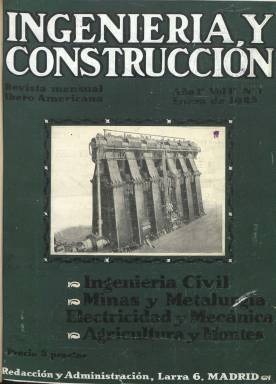
Título: Ingeniería y construcción
Colección: Industria || Arquitectura y construcción
Ámbito geográfico: Madrid
Lugar de publicación: Madrid
Fechas: 01/01/1923-31/08/1936

Junto a Revista de obras públicas (1853), que reinicia también en 1923 una nueva etapa de gran calidad científica y destacada influencia, Ingeniería y construcción será una de las principales y más notables revistas de carácter técnico-científico y profesional del primer tercio del siglo veinte español, cuando se hace evidente el desarrollo económico e industrial, junto a los avances tecnológicos, momento en el que también aparece un importante número de este tipo de publicaciones, que se organizarán en la Asociación Española de la Prensa Técnica. Esta “revista mensual ibero americana” o “hispano americana” –como indica su subtítulo-, estará apareciendo ininterrumpidamente desde enero de 1923 hasta agosto de 1936, cuando deje de publicarse tras estallar la guerra civil. Se dan cita en ella jóvenes de unas nuevas promociones de las escuelas técnicas superiores sin precedentes hasta entonces en España, que después serán creadores de empresas y de industrias y que podrían llegar a aglutinarse en otra “generación del 27”, la de de los ingenieros, paralela a la que surgió en los campos de la literatura y del arte.

En su segundo año de edición ya aparecen indicados en su cabecera los nombres de los ingenieros de Caminos Francisco Bustelo Vázquez (1901-1987), como director, y Ricardo M. de Urgoiti (1900-1979), como director técnico, siendo este hijo del también ingeniero y destacadísimo empresario papelero y editorial Nicolás María de Urgoiti (1869-1951), propietario del diario El Sol (1917-1939), entre otras empresas periodísticas, quien, como promotor de la revista, la estampará y editara con lujo en su imprenta Calpe, en papel cuché y con abundante información ilustrada de fotograbados de las principales obras de ingeniería civil que se están desarrollando tanto en Europa como en Estados Unidos, además de en España. Como secretario de redacción, aparece otro joven, el ingeniero de Minas Félix Cifuentes (1903-1987), amigo personal de José Ortega y Gasset (1883-1955), con el que colabora en Revista de occidente (1923).

En su artículo de presentación se dirá que la revista, además de exponer “los adelantos y trabajos nacionales” y reflejar “la marcha del progreso fuera de nuestro país”, servirá de “orientación y de consulta” para la gran masa de técnicos españoles. Su propósito es publicar artículos de especialistas nacionales sobre trabajos de investigación realizados por ellos o asuntos que hayan sido objeto de especial estudio por su parte, y artículos de vulgarización de los descubrimientos y teorías que por estar aún en periodo embrionario se salen del campo habitual de las ramas de la ingeniería, considerada esta en su máxima amplitud, por lo que se tratarán descubrimientos desde la germinación de semillas hasta un problema de elasticidad o una teoría sobre la construcción de la materia.

Dedicará otra sección a reseñar las principales obras de ingeniería y arquitectura, realizadas o proyectadas, así como los trabajos más importantes relacionados con las diversas ramas de la industria, dando preferencia a los trabajos nacionales, pero dando cuenta también de los extranjeros que por su importancia u originalidad puedan servir de enseñanza. En esta sección no se escatimarán medios para ofrecer el máximo de fotografías, planos y diseños, y muchas de las primeras procederán de la agencia neoyorkina Underwood & Underwood.

Asimismo, ofrecerá una cuidadosa revisión y selección de artículos de revistas extranjeras, para que ningún acontecimiento importante en el campo de la técnica en el mundo quede desconocido. De tal forma que serán muchos los artículos y noticias procedentes de decenas de prestigiosos boletines y revistas técnicas francesas, inglesas, alemanas, italianas, portuguesas o rusas. A ello sumará la parte informativa, con secciones de Información general, Bibliografía, y Finanzas, así como la relación de los Últimos precios de los productos industriales o la de nombramientos y traslados de los profesionales técnicos en las administraciones públicas. Además, publica editoriales y anuncios publicitarios.

Las entregas de la revista serán en torno al medio centenar de páginas, compuestas a dos columnas, y a Bustelo le sucederá en la dirección el también ingeniero de Caminos Vicente del Olmo, que llegará a ser nombrado director general de Carreteras por el ministro Indalecio Prieto, durante la II República española. Al final la dirigirá el ingeniero industrial Adelardo Martínez de Lamadrid, y formarán su consejo de redacción los ingenieros de Caminos Pedro José Lucía, José Luis Grasset y C. Fernández Casado; los ingenieros industriales José Morillo, Juan Moya Blanco (que será también secretario de redacción) y Antonio Mora Pascual; o el ingeniero Naval Juan Antonio Suances (1891-1977), que ocuparía altos cargos en la dictadura franquista, y el ingeniero José N. Urgoiti. Colaborarán otros ingenieros Agrónomos, de Minas, de Telecomunicaciones, químicos o catedráticos, y entre las firmas de sus numerosos e importantes artículos técnicos, informaciones, reportajes y crónicas aparecerán las de F. Derqui, José Borrell Maciá, Rafael Altamira, C. García Reyes, Patricio Palomar, J. Gil Montero, J. Grau, M. Velasco, Dámaso Iturrioz o Juan de la Cierva.

Es una revista que dedica notable atención a la ingeniería civil (obras públicas y municipales, obras hidráulicas, construcción de puentes, túneles, viaductos, etc.); ingeniería naval; minería (yacimientos) y metalurgia; electricidad y mecánica (congresos ferroviarios, maquinaria y locomotoras); agricultura (regadíos, abonos, etc.) y montes, explotaciones forestales, centrales eléctricas y térmicas, combustibles (petróleo, aceites y lubricantes), fábricas, transportes, automoción, telecomunicaciones, aeronáutica, arquitectura, abastecimientos, economía o estudios geológicos. Este título forma volúmenes anuales y en la entrega de cada mes de enero incluye índices de autores y temático de artículos. Referencia bibliográfica sobre las revistas técnicas españolas es el trabajo de Eloy Fernández Clemente (2001).